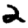
Digit: 2